Madras marine plague regulations
Disease focus: Plague
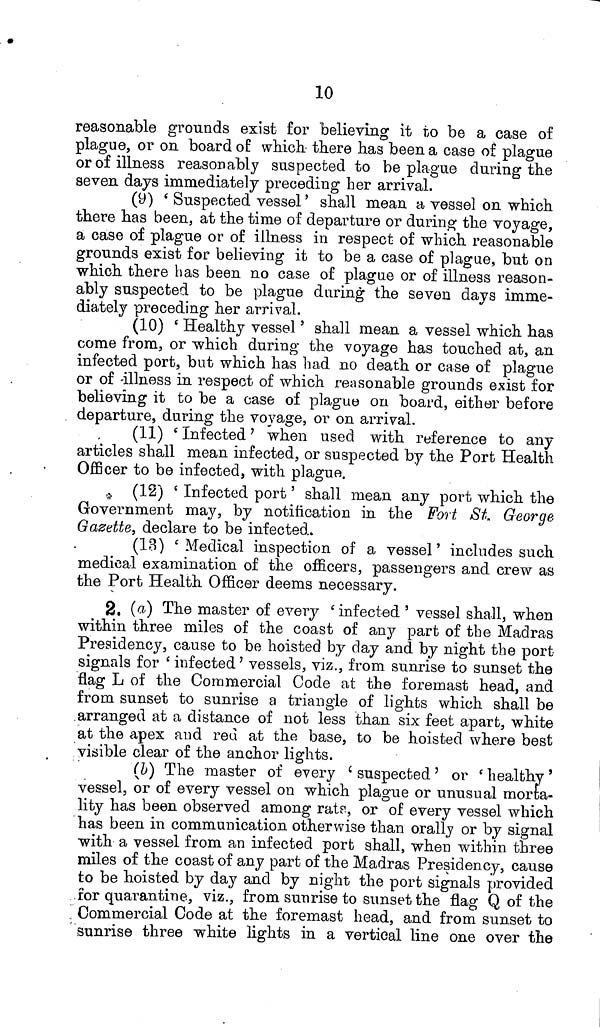
10
reasonable grounds exist for believing it to be a case of
plague, or on board of which- there has been a case of plague
or of illness reasonably suspected to be plague during the
seven days immediately preceding her arrival.
(9) 'Suspected vessel' shall mean a vessel on which
there has been, at the time of departure or during the voyage,
a case of plague or of illness in respect of which reasonable
grounds exist for believing it to be a case of plague, but on
which there has been no case of plague or of illness reason-
ably suspected to be plague during the seven days imme-
diately preceding her arrival.
(10) 'Healthy vessel' shall mean a vessel which has
come from, or which during the voyage has touched at, an
infected port, but which has had no death or case of plague
or of illness in respect of which reasonable grounds exist for
believing it to be a case of plague on board, either before
departure, during the voyage, or on arrival.
(11) 'Infected' when used with reference to any
articles shall mean infected, or suspected by the Port Health
Officer to be infected, with plague.
(12) 'Infected port' shall mean any port which the
Government may, by notification in the Fort St. George
Gazette, declare to be infected.
(13) 'Medical inspection of a vessel' includes such
medical examination of the officers, passengers and crew as
the Port Health Officer deems necessary.
2. (a) The master of every 'infected' vessel shall, when
within three miles of the coast of any part of the Madras
Presidency, cause to be hoisted by clay and by night the port
signals for 'infected' vessels, viz., from sunrise to sunset the
flag L of the Commercial Code at the foremast head, and
from sunset to sunrise a triangle of lights which shall be
arranged at a distance of not less than six feet apart, white
at the apex and red at the base, to be hoisted where best
visible clear of the anchor lights.
(b) The master of every 'suspected' or 'healthy'
vessel, or of every vessel on which plague or unusual morta-
lity has been observed among rats, or of every vessel which
has been in communication otherwise than orally or by signal
with a vessel from an infected port shall, when within three
miles of the coast of any part of the Madras Presidency, cause
to be hoisted by day and by night the port signals provided
for quarantine, viz., from sunrise to sunset the flag Q of the
Commercial Code at the foremast head, and from sunset to
sunrise three white lights in a vertical line one over the